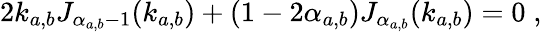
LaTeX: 2k_{a,b}J_{\alpha_{a,b}-1}\! \left(k_{a,b}\right)+\left(1-2\alpha_{a,b}\right)J_{\alpha_{a,b}}\! \left(k_{a,b}\right)=0\; ,